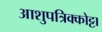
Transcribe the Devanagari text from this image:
आशुपत्रिक्कोट्टा